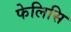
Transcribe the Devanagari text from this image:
फेलिसि